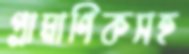
প্রামাণিকসহ